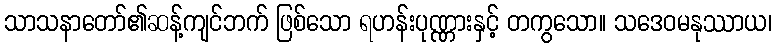
သာသနာတော်၏ဆန့်ကျင်ဘက် ဖြစ်သော ရဟန်းပုဏ္ဏားနှင့် တကွသော။ သဒေဝမနုဿာယ၊